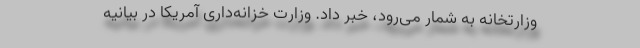
وزارتخانه به شمار می‌رود، خبر داد. وزارت خزانه‌داری آمریکا در بیانیه